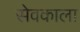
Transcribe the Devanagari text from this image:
सेवकाला